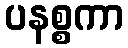
ပနစ္စကာ